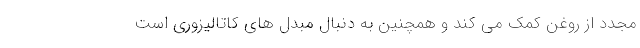
مجدد از روغن کمک می کند و همچنین به دنبال مبدل های کاتالیزوری است